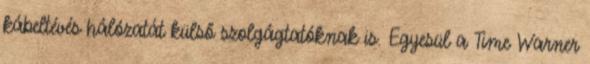
kábeltévés hálózatát külső szolgágtatóknak is. Egyesül a Time Warner